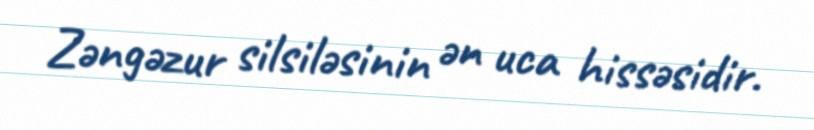
Zəngəzur silsiləsinin ən uca hissəsidir.